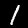
Label: 1